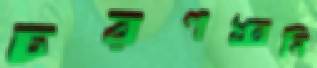
চরণধ্বনি